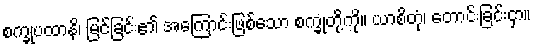
စက္ခုပထာနိ၊ မြင်ခြင်း၏ အကြောင်းဖြစ်သော စက္ခုတို့ကို။ ယာစိတုံ၊ တောင်းခြင်းငှာ။